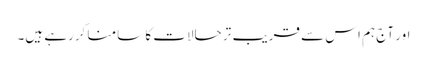
اور آج ہم اس سے قریب تر حالات کا سامنا کررہے ہیں۔